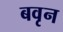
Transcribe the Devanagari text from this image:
बवृन